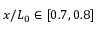
x / L _ { 0 } \in [ 0 . 7 , 0 . 8 ]